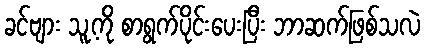
ခင်ဗျား သူ့ကို စာရွက်ပိုင်းပေးပြီး ဘာဆက်ဖြစ်သလဲ